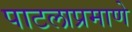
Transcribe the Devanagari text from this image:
पाटलाप्रमाणे